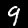
Digit: 9